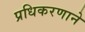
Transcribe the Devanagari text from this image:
प्रधिकरणाने